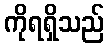
ကိုရရှိသည်